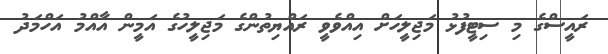
ރައީސްގެ މި ސިޓީފުޅު މަޖިލީހަށް އިއްވެވީ ރައްޔިތުންގެ މަޖިލީހުގެ އަމީން އާއްމު އަހްމަދު